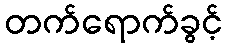
တက်ရောက်ခွင့်